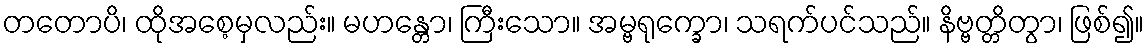
တတောပိ၊ ထိုအစေ့မှလည်း။ မဟန္တော၊ ကြီးသော။ အမ္ဗရုက္ခော၊ သရက်ပင်သည်။ နိဗ္ဗတ္တိတွာ၊ ဖြစ်၍။